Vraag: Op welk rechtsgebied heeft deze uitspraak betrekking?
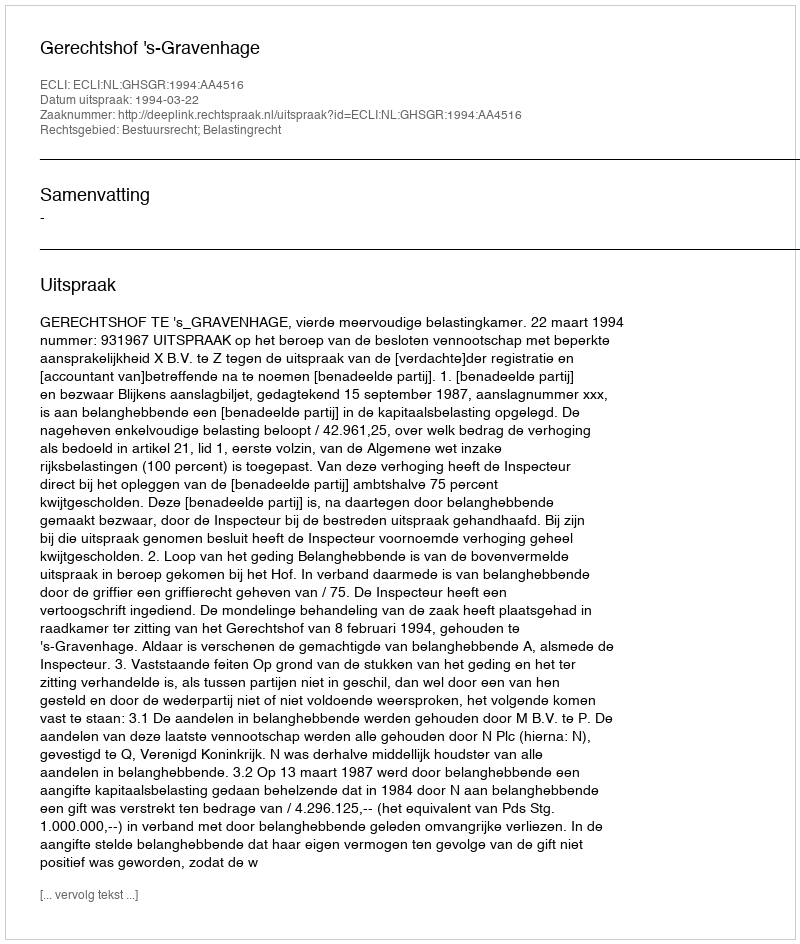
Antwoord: Bestuursrecht; Belastingrecht